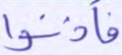
فأذنوا